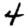
Digit: 4